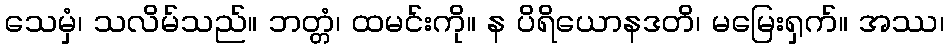
သေမှံ၊ သလိမ်သည်။ ဘတ္တံ၊ ထမင်းကို။ န ပိရိယောနဒတိ၊ မမြေးရှက်။ အဿ၊